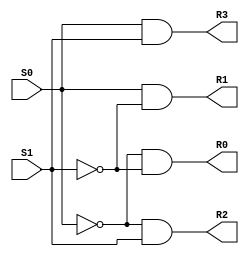
module decoder(S0,S1,R0,R1,R2,R3);

    input   S0, S1;
    output  R0,R1,R2,R3;

    wire inv0,inv1;

    not G1 (inv0,S0),
        G2 (inv1,S1);

    and G3 (R0,inv0,inv1),
        G4 (R1,S0,inv1),
        G5 (R2,inv0,S1),
        G6 (R3,S0,S1);

endmodule